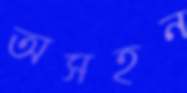
অসহন